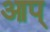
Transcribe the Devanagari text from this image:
आप्